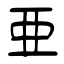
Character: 亜